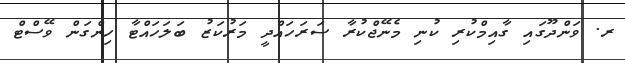
ރ. ވަންދޫގައި ގާއިމްކުރި ކުނި މެނޭޖްކުރާ ސަރަހައްދީ މަރުކަޒު ބަލަހައްޓާ ހިންގަން ވޭސްޓް